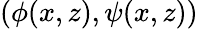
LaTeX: (\phi(x,z),\psi(x,z))